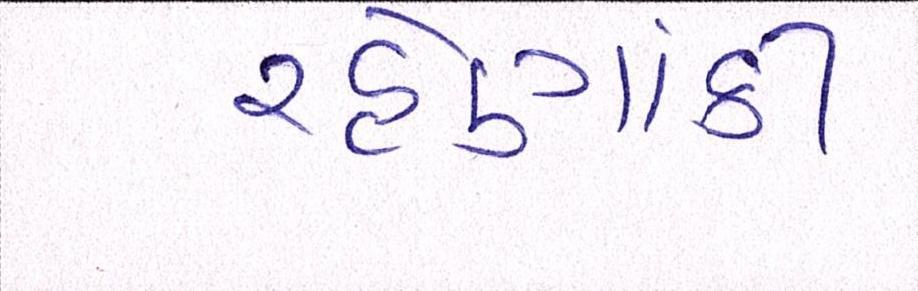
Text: રહેણાંકી